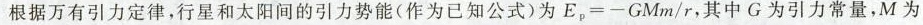
根据万有引力定律，行星和太阳间的引力势能(作为已知公式)为 $$E _ {p} = - G M m / r$$，其中 G 为引力常量，M 为